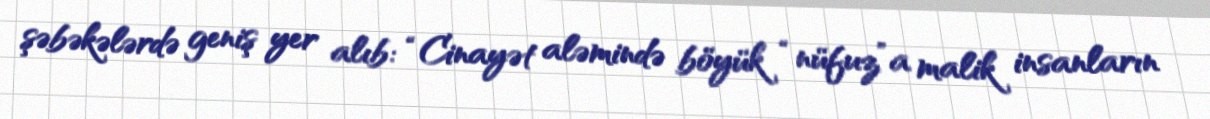
şəbəkələrdə geniş yer alıb: “Cinayət aləmində böyük “nüfuz”a malik insanların